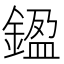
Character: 𨩙